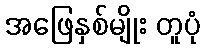
အဖြေနှစ်မျိုး တူပုံ